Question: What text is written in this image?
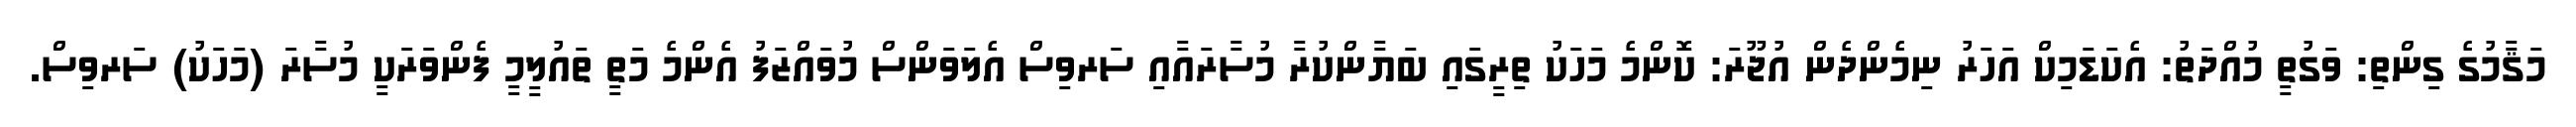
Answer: މަޤާމުގެ ގިންތި: ވަގުތީ މުއްދަތު: އެކަޑަމިކް އަހަރު ނިމެންދެން އުޖޫރަ: ކޮންމެ މަހަކު ތިރީގައި ބަޔާންކުރާ މުސާރައާއި ސަރވިސް އެލަވަންސް މުވައްޒަފު އެންމެ މަތީ ތައުލީމީ ފެންވަރަކީ މުސާރަ (މަހަކު) ސަރވިސް.